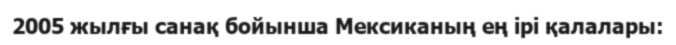
2005 жылғы санақ бойынша Мексиканың ең ірі қалалары: